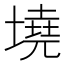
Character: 墝